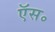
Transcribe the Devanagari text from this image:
ऍस॰